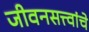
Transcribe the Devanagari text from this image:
जीवनसत्त्वांचे